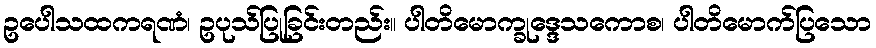
ဥပေါသထကရဏံ၊ ဥပုသ်ပြုခြင်းတည်း။ ပါတိမောက္ခုဒ္ဒေသကောစ၊ ပါတိမောက်ပြသော